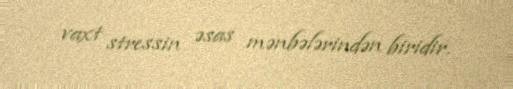
vaxt stressin əsas mənbələrindən biridir.